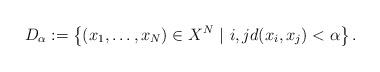
LaTeX: \begin{align*}D_\alpha:=\left\{(x_1,\ldots, x_N)\in X^N~|~i,jd(x_i,x_j)<\alpha\right\}.\end{align*}